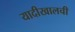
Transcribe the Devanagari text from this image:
यादीखालची